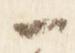
一